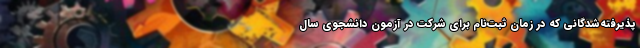
پذیرفته‌شدگانی که‌ در زمان ثبت‌نام برای شرکت در آزمون دانشجوی سال